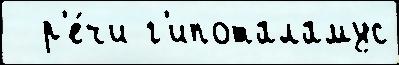
  р'е́чи г'ипоталамус